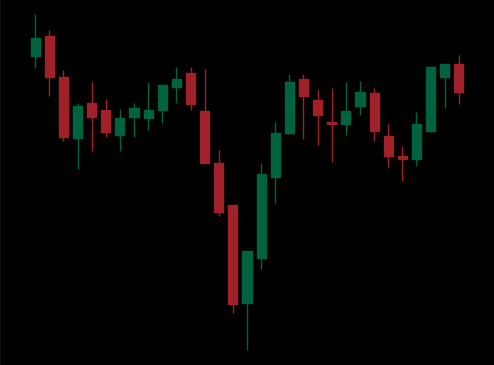
Pattern: inverse_head_shoulders